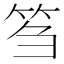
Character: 𥬠